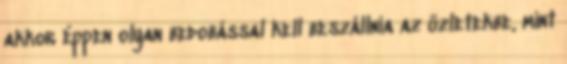
akkor éppen olyan bedobással kell beszállnia az üzletekbe, mint